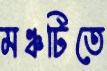
মঞ্চটিতে